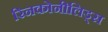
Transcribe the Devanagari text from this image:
रिनकोनीलिड्स